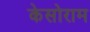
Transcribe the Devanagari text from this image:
केसोराम